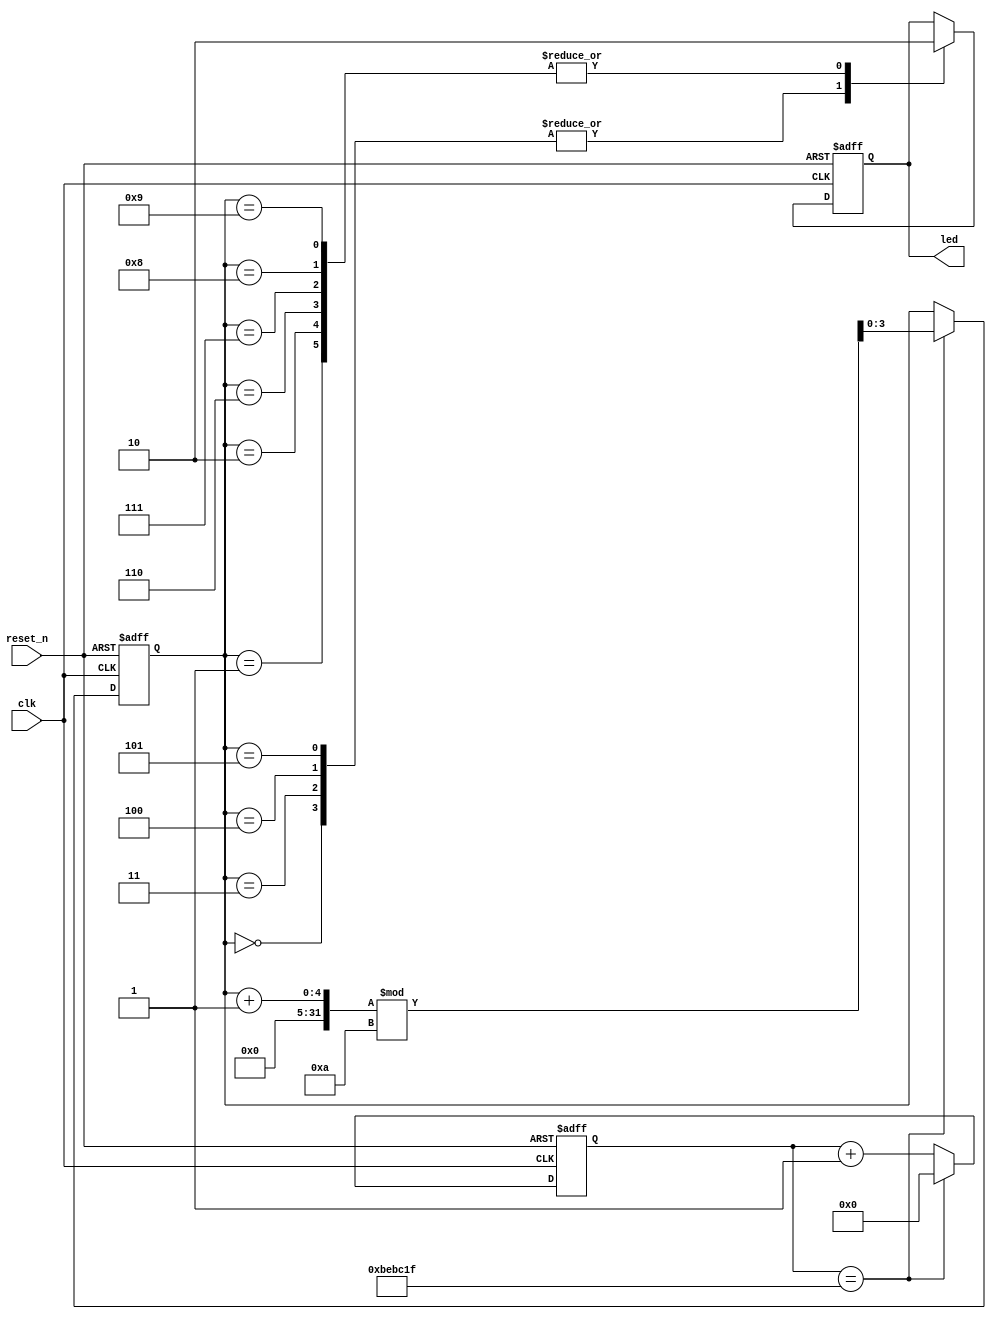
// // LED0.250.50.751

// // 0.25case

// 

module LED_flash_1
(
    clk,
    reset_n,
    led);
    input clk;
    input reset_n;
    output reg led;
    reg [24:0] counter;
    reg [3:0] counter1;
    parameter MCNT = 12_500_000;
    always @(posedge clk or negedge reset_n) begin 
        if(!reset_n) begin
            counter<=0; 
            counter1<=0;
        end
        else if(counter==MCNT-1) begin
            counter<=0; 
            counter1<=(counter1+1'b1)%10;
        end
        else
            counter<=counter+1'b1;
    end



    always @(posedge clk or negedge reset_n) begin  
        if(!reset_n)
            led<=0;
        else begin
            case(counter1)
                0 : led<= 1; 
                1 : led<= 0;
                2 : led<= 0;
                3 : led<= 1;
                4 : led<= 1;
                5 : led<= 1;
                6 : led<= 0;
                7 : led<= 0;
                8 : led<= 0;
                9 : led<= 0;
                default : led<=led;
            endcase                
        end
    end
endmodule












// LED0.250.50.751

// 0.25case

// module LED_flash_1
// (
//     clk,
//     reset_n,
//     led);

//     input clk;
//     input reset_n;
//     output reg led;

//     reg [24:0] counter;
//     reg [3:0] counter1;

//     parameter MCNT = 12_500_000;

//     always @(posedge clk or negedge reset_n) begin 
//         if(!reset_n)             counter<=0; 
//         else if(counter==MCNT-1)
//             counter<=0;
//         else
//             counter<=counter+1'b1;
//     end

//     always @(posedge clk or negedge reset_n) begin 
//     if(!reset_n) 
//         counter1<=0; 
//     else if(counter==MCNT-1) begin
//         if(counter1==9)
//             counter1<=0;
//         else
//             counter1<=counter1+1'b1;
//     end
//     end


//     always @(posedge clk or negedge reset_n) begin  
//         if(!reset_n)
//             led<=0;
//         else begin
//             case(counter1)
//                 0 : led<= 1; 
//                 1 : led<= 0;
//                 2 : led<= 0;
//                 3 : led<= 1;
//                 4 : led<= 1;
//                 5 : led<= 1;
//                 6 : led<= 0;
//                 7 : led<= 0;
//                 8 : led<= 0;
//                 9 : led<= 0;
//                 default : led<=led;
//             endcase                
//         end

//     end
// endmodule